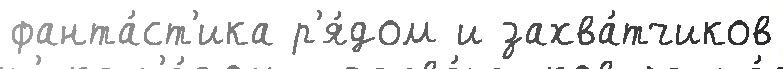
фанта́ст'ика р'я́дом и захва́тчиков